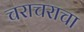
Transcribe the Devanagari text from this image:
चराचराचा